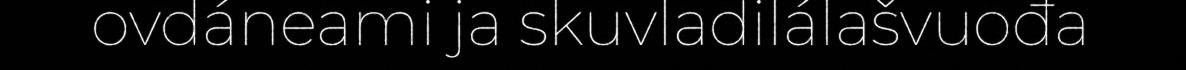
ovdáneami ja skuvladilálašvuođa